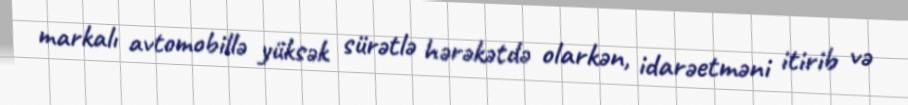
markalı avtomobillə yüksək sürətlə hərəkətdə olarkən, idarəetməni itirib və